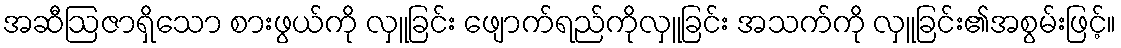
အဆီဩဇာရှိသော စားဖွယ်ကို လှူခြင်း ဖျောက်ရည်ကိုလှူခြင်း အသက်ကို လှူခြင်း၏အစွမ်းဖြင့်။